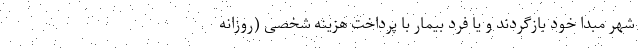
شهر مبدا خود بازگردند و یا فرد بیمار با پرداخت هزینه شخصی (روزانه